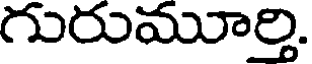
గురుమూర్తి.